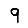
Digit: 9